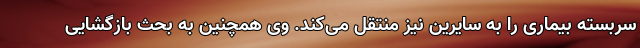
سربسته بیماری را به سایرین نیز منتقل می‌کند. وی همچنین به بحث بازگشایی